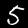
Digit: 5